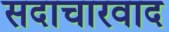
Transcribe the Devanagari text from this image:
सदाचारवाद